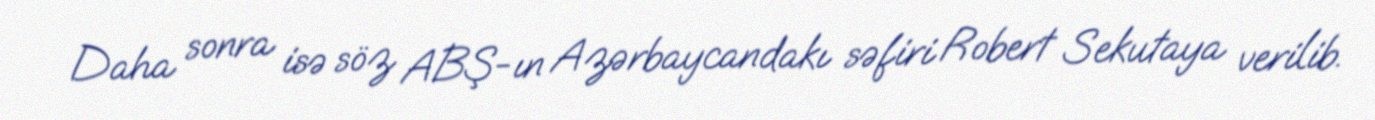
Daha sonra isə söz ABŞ-ın Azərbaycandakı səfiri Robert Sekutaya verilib.